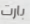
بارت